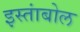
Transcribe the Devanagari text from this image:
इस्तांबोल